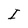
Character: I